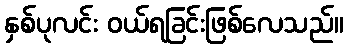
နှစ်ပုလင်း ဝယ်ရခြင်းဖြစ်လေသည်။